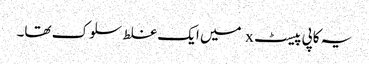
یہ کاپی پیسٹ x میں ایک غلط سلوک تھا۔